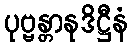
ပုဗ္ဗန္တာနုဒိဋ္ဌီနံ